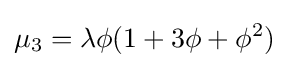
\mu _{3}=\lambda \phi (1+3\phi +\phi ^{2})